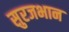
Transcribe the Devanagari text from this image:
सुरजभान